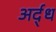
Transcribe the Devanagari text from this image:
अर्द्‌ध